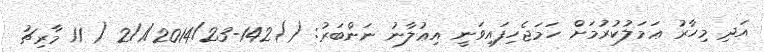
އަދި މިހާރު ޢަމަލުކުރުމަށް ހަމަޖެހިފައިވަނީ އިޢުލާނު ނަންބަރު: ()142-2/1/2014/23 ( 11 މާރިޗު